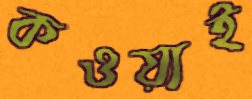
কওয়াই